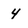
Character: 4